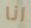
انا